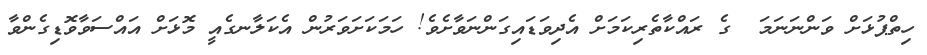
ހިތްޕުޅަށް ވަންނަނަމަ  ގެ ރައްކާތެރިކަމަށް އެދިވަޑައިގަންނަވާށެވެ! ހަމަކަށަވަރުން އެކަލާނގެއީ މޮޅަށް އައްސަވާވޮޑިގެންވާ